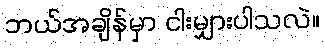
ဘယ်အချိန်မှာ ငါးမျှားပါသလဲ။